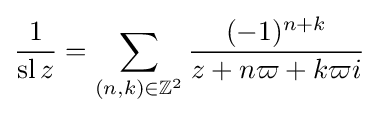
{\frac {1}{\operatorname {sl} z}}=\sum _{(n,k)\in \mathbb {Z} ^{2}}{\frac {(-1)^{n+k}}{z+n\varpi +k\varpi i}}